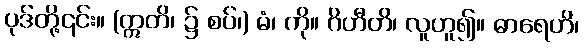
ပုဒ်တို့၎င်း။ (ဣတိ၊ ၌ စပ်၊) မံ၊ ကို။ ဂိဟီတိ၊ လူဟူ၍။ ဓာရေဟိ၊